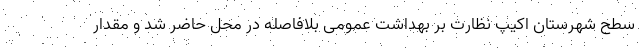
سطح شهرستان اکیپ نظارت بر بهداشت عمومی بلافاصله در محل حاضر شد و مقدار